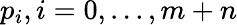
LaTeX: p_{i},i=0,...,m+n